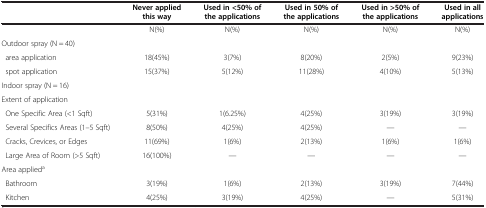
<table><thead><tr><td><b> </b></td><td><b>Never applied this way</b></td><td><b>Used in &lt;50% of the applications</b></td><td><b>Used in 50% of the applications</b></td><td><b>Used in &gt;50% of the applications</b></td><td><b>Used in all applications</b></td></tr></thead><tbody><tr><td> </td><td>N(%)</td><td>N(%)</td><td>N(%)</td><td>N(%)</td><td>N(%)</td></tr><tr><td>Outdoor spray (N = 40)</td><td> </td><td> </td><td> </td><td> </td><td> </td></tr><tr><td> area application</td><td>18(45%)</td><td>3(7%)</td><td>8(20%)</td><td>2(5%)</td><td>9(23%)</td></tr><tr><td> spot application</td><td>15(37%)</td><td>5(12%)</td><td>11(28%)</td><td>4(10%)</td><td>5(13%)</td></tr><tr><td>Indoor spray (N = 16)</td><td> </td><td> </td><td> </td><td> </td><td> </td></tr><tr><td>Extent of application</td><td> </td><td> </td><td> </td><td> </td><td> </td></tr><tr><td> One Specific Area (&lt;1 Sqft)</td><td>5(31%)</td><td>1(6.25%)</td><td>4(25%)</td><td>3(19%)</td><td>3(19%)</td></tr><tr><td> Several Specifics Areas (1–5 Sqft)</td><td>8(50%)</td><td>4(25%)</td><td>4(25%)</td><td>—</td><td>—</td></tr><tr><td> Cracks, Crevices, or Edges</td><td>11(69%)</td><td>1(6%)</td><td>2(13%)</td><td>1(6%)</td><td>1(6%)</td></tr><tr><td> Large Area of Room (&gt;5 Sqft)</td><td>16(100%)</td><td>—</td><td>—</td><td>—</td><td>—</td></tr><tr><td>Area applied<sup>a</sup></td><td> </td><td> </td><td> </td><td> </td><td> </td></tr><tr><td> Bathroom</td><td>3(19%)</td><td>1(6%)</td><td>2(13%)</td><td>3(19%)</td><td>7(44%)</td></tr><tr><td> Kitchen</td><td>4(25%)</td><td>3(19%)</td><td>4(25%)</td><td>—</td><td>5(31%)</td></tr></tbody></table>